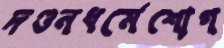
দণ্ডনধর্মেশোগ